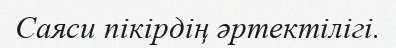
Саяси пікірдің әртектілігі.